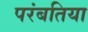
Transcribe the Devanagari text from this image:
परंबतिया